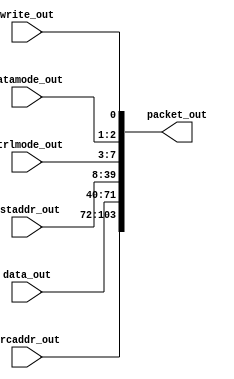
module emesh2packet #(parameter AW = 32,   // address width 
		      parameter PW = 104)  // packet width
   (
    //Emesh signal bundle
    input 	    write_out, 
    input [1:0]     datamode_out,
    input [4:0]     ctrlmode_out,
    input [AW-1:0]  dstaddr_out,
    input [AW-1:0]  data_out, 
    input [AW-1:0]  srcaddr_out, 
    //Output packet
    output [PW-1:0] packet_out
    );
   
   // ---- FORMAT -----
   //
   // [0]  =write bit
   // [2:1]=datamode
   // [7:3]=ctrlmode
   // [39:8]=dstaddr(lo)
   //
   // ---- 32-BIT ADDRESS ----
   // [71:40]   data (lo)   | xxxx
   // [103:72]  srcaddr(lo) | data (hi)
   //
   // ---- 64-BIT ADDRESS ----
   // [71:40]   D0 | srcaddr(hi)
   // [103:72]  D1 | srcaddr(lo)
   // [135:104] dstaddr(hi)
   
   assign packet_out[0]       = write_out;   
   assign packet_out[2:1]     = datamode_out[1:0];
   assign packet_out[7:3]     = ctrlmode_out[4:0];
     
   generate   
     if(PW==136)
	begin : p136
	   assign packet_out[39:8]    = dstaddr_out[31:0];
	   assign packet_out[71:40]   = data_out[31:0];    // | srcaddr_out[63:32]
	   assign packet_out[103:72]  = srcaddr_out[31:0]; // (data_out[63:32])   
	   assign packet_out[135:104] = dstaddr_out[63:32];
	end
      else if(PW==104)
	begin : p104
	   assign packet_out[39:8]    = dstaddr_out[31:0];
	   assign packet_out[71:40]   = data_out[31:0];
	   assign packet_out[103:72]  = srcaddr_out[31:0];
	end
      else if(PW==72)
	begin : p72
	   assign packet_out[39:8]    = dstaddr_out[31:0];
	   assign packet_out[71:40]   = data_out[31:0];
	end
      else if(PW==40)
	begin : p40
	   assign packet_out[23:8]    = dstaddr_out[15:0];
	   assign packet_out[39:24]   = data_out[15:0];
	end
   endgenerate
   
endmodule